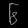
Digit: ၆